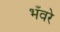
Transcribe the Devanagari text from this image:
भँवरे